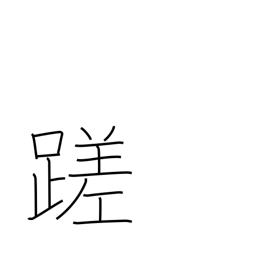
Meaning: stumble